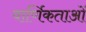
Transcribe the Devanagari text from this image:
वार्णिकताओं